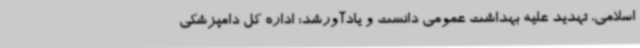
اسلامی، تهدید علیه بهداشت عمومی دانست و یادآورشد: اداره کل دامپزشکی